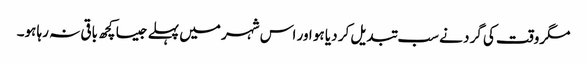
مگروقت کی گرد نے سب تبدیل کر دیا ہو اور اس شہر میں پہلے جیسا کچھ باقی نہ رہا ہو۔